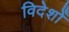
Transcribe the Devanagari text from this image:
विदेशोँ